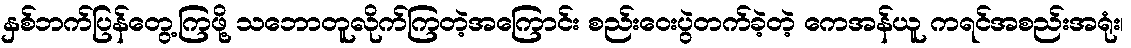
နှစ်ဘက်ပြန်တွေ့ကြဖို့ သဘောတူလိုက်ကြတဲ့အကြောင်း စည်းဝေးပွဲတက်ခဲ့တဲ့ ကေအန်ယူ ကရင်အစည်းအရုံး၊